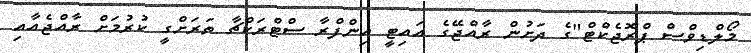
މޯލްޑިވްސް ޕްރޮޖެކްޓް"ގެ ދަށުން ރާއްޖޭގެ އައިޓީ އިންފްރާ ސްޓްރަކްޗާ ތަރަށްގީ ކުރުމަށް ރާއްޖެއާއި